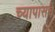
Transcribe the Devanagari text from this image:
च्यापासचे